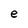
Character: e